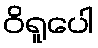
ဝိရူပေါ